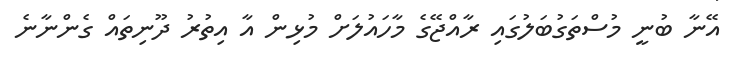
އޭނާ ބުނީ މުސްތަގުބަލުގައި ރާއްޖޭގެ މާހައުލަށް މުޅިން އާ އިތުރު ދޫނިތައް ގެންނާނެ